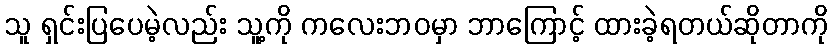
သူ ရှင်းပြပေမဲ့လည်း သူ့ကို ကလေးဘဝမှာ ဘာကြောင့် ထားခဲ့ရတယ်ဆိုတာကို